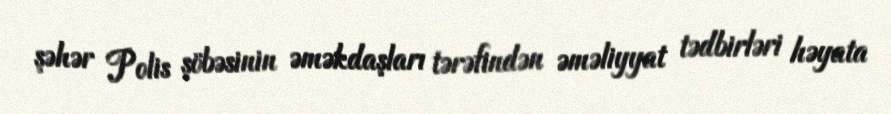
şəhər Polis şöbəsinin əməkdaşları tərəfindən əməliyyat tədbirləri həyata